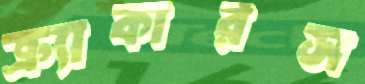
ক্র্যাকারস